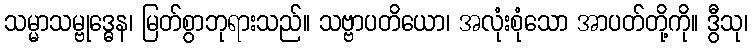
သမ္မာသမ္ဗုဒ္ဓေန၊ မြတ်စွာဘုရားသည်။ သဗ္ဗာပတိယော၊ အလုံးစုံသော အာပတ်တို့ကို။ ဒွီသု၊